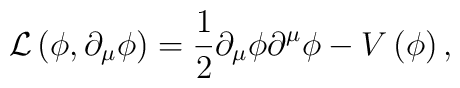
{\cal L}\left(\phi, \partial_{\mu}\phi\right) = \frac{1}{2}\partial_{\mu}\phi\partial^{\mu}\phi - V\left(\phi\right),